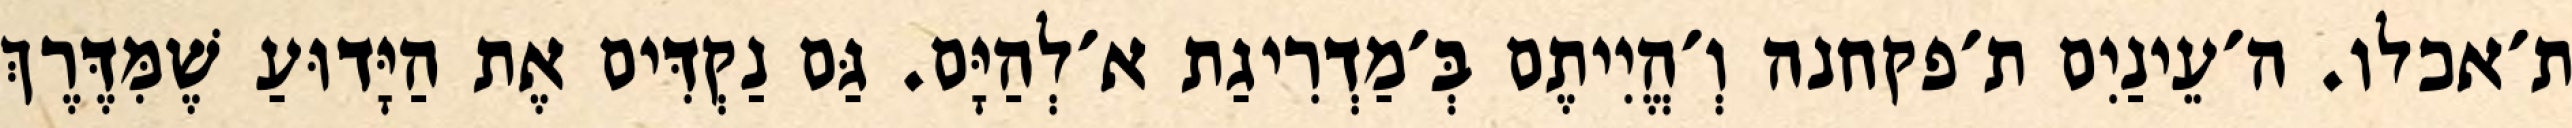
ת׳אכלו. ה׳עֵינַיִם ת׳פקחנה וְ׳הֱיִיתֶם בְּ׳מַדְרִיגַת א׳לְהַיָּם. גַּם נַקְדִּים אֶת הַיָּדוּעַ שֶׁמִּדֶּרֶךְ